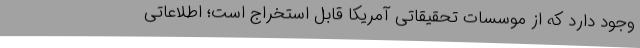
وجود دارد که از موسسات تحقیقاتی آمریکا قابل استخراج است؛ اطلاعاتی